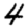
Digit: 4